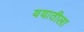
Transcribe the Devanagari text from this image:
ययातीला